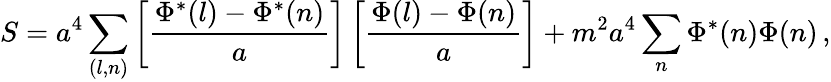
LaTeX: S=a^{4}\sum_{(l,n)}\left[\frac{\Phi^{*}(l)-\Phi^{*}(n)}{a}\right]\left[\frac{\Phi(l)-\Phi(n)}{a}\right]+m^{2}a^{4}\sum_{n}\Phi^{*}(n)\Phi(n)\, ,